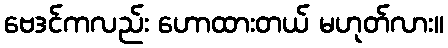
ဗေဒင်ကလည်း ဟောထားတယ် မဟုတ်လား။